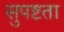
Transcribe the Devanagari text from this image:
सुपष्टता